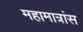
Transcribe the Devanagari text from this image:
महामात्रांस